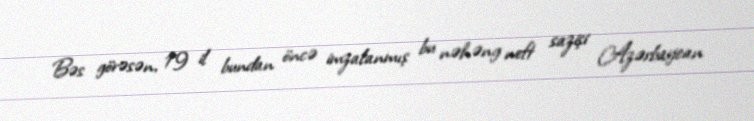
Bəs görəsən, 19 il bundan öncə imzalanmış bu nəhəng neft sazişi Azərbaycan